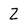
Character: 2